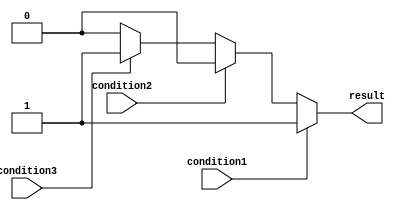
module if_else_ladder (
    input wire condition1,
    input wire condition2,
    input wire condition3,
    // Add more input conditions as needed
    
    output reg result
);

always @ (*)
begin
    if (condition1) begin
        result <= 1'b1;
    end else if (condition2) begin
        result <= 1'b0;
    end else if (condition3) begin
        result <= 1'b1;
    end
    // Add more conditions and actions as needed
    else begin
        result <= 1'b0;
    end
end

endmodule